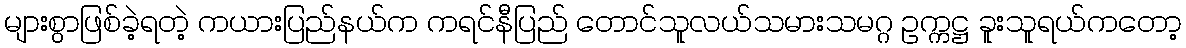
များစွာဖြစ်ခဲ့ရတဲ့ ကယားပြည်နယ်က ကရင်နီပြည် တောင်သူလယ်သမားသမဂ္ဂ ဥက္ကဋ္ဌ ခူးသူရယ်ကတော့